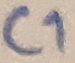
Text: C1